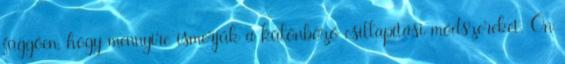
függően, hogy mennyire ismerjük a különböző csillapítási módszereket. Ön